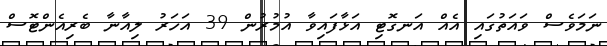
ނަމަވެސް ވައަތުގައި އެއް އަނގޮޓި އަޅާފައިވާ އުމުރުން 39 އަހަރު ލިއާނާ ބެރިއެންޓޮސް